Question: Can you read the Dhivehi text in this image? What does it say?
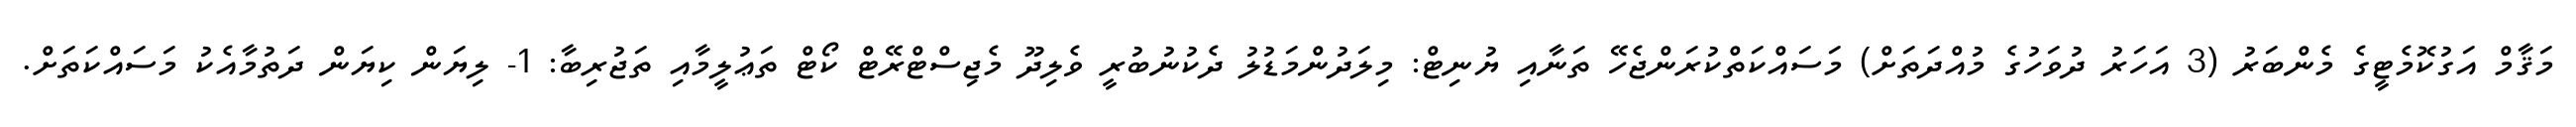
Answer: މަޤާމް އަގުކޮމެޓީގެ މެންބަރު (3 އަހަރު ދުވަހުގެ މުއްދަތަށް) މަސައްކަތްކުރަންޖެހޭ ތަނާއި ޔުނިޓް: މިލަދުންމަޑުލު ދެކުނުބުރީ ވެލިދޫ މެޖިސްޓްރޭޓް ކޯޓް ތަޢުލީމާއި ތަޖުރިބާ: 1- ލިޔަން ކިޔަން ދަތުމާއެކު މަސައްކަތަށް.